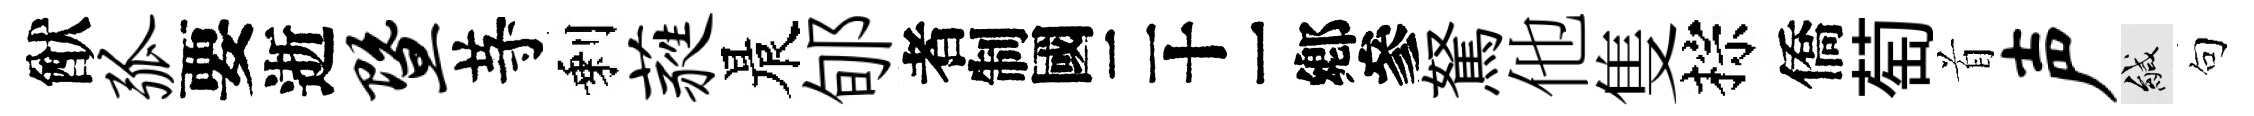
猷弧要逝暨䒭剩蕤晨郇识駑他隻棕僑萄首声緘句